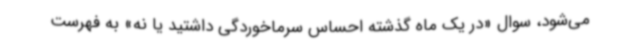
می‌شود، سوال «در یک ماه گذشته احساس سرماخوردگی داشتید یا نه» به فهرست